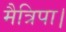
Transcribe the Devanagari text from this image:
मैत्रिपा।